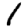
Digit: 1